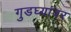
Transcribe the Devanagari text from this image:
गुडघ्यांवर